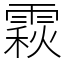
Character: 𩄍